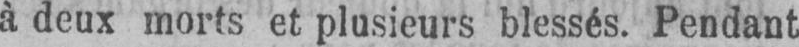
à deux morts et plusieurs blessés. Pendant